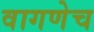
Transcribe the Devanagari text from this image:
वागणेच